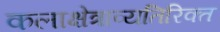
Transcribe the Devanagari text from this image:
कलाक्षेत्राव्यतिरिक्त